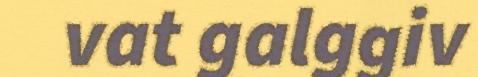
vat galggiv